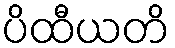
ပိထီယတိ